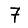
Digit: 7